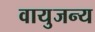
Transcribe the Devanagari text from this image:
वायुजन्य